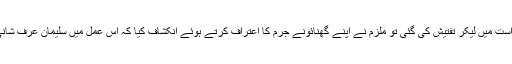
مالک مکان احمد علی اور اس کے بیٹے وسیم عرف نومی کو حراست میں لیکر تفتیش کی گئی تو ملزم نے اپنے گھنائونے جرم کا اعتراف کرتے ہوئے انکشاف کیا کہ اس عمل میں سلیمان عرف شانی بھی ملوث ہے جس پر دوسرے ملزم کو بھی گرفتار کر لیا گیا۔